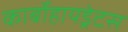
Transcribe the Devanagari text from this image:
कार्बोहायड्रेटस